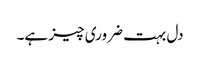
دل بہت ضروری چیز ہے۔